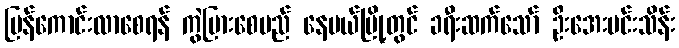
ပြန်ကောင်းလာစေရန် ကွဲပြားစေမည် နေပယ်မြို့တွင် ခရီးဆက်သော် ဦးအေးမင်းသိန်း